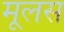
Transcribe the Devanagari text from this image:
मूलस